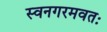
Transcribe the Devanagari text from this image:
स्वनगरमवतः